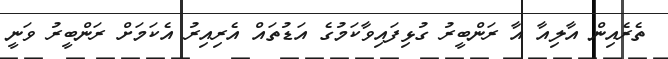
ތެރެއިން އާލިއާ އާ ރަންބީރު ގުޅިފައިވާކަމުގެ އަޑުތައް އެރިއިރު އެކަމަށް ރަންބީރު ވަނީ